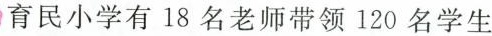
育民小学有18名老师带领120名学生